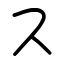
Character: ス